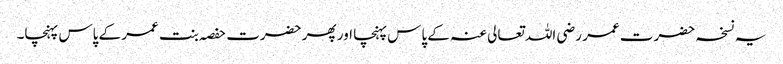
یہ نسخہ حضرت عمر رضی اللہ تعالی عنہ کے پاس پہنچا اور پھر حضرت حفصہ بنت عمر کے پاس پہنچا۔